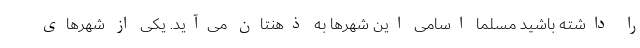
را داشته باشید مسلماً اسامی این شهرها به ذهنتان می­‌آید. یکی از شهرهای